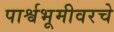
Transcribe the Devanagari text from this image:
पार्श्वभूमीवरचे